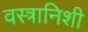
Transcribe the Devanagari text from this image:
वस्त्रानिशी